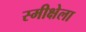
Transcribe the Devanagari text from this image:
स्मीक्षेला